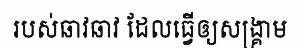
របស់ឆាវឆាវ ដែលធ្វើឲ្យសង្គ្រាម